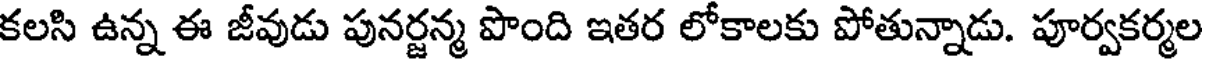
కలసి ఉన్న ఈ జీవుడు పునర్జన్మ పొంది ఇతర లోకాలకు పోతున్నాడు. పూర్వకర్మల